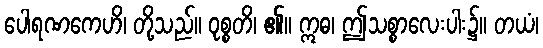
ပေါရဏကေဟိ၊ တို့သည်။ ဝုစ္စတိ၊ ၏။ ဣဓ၊ ဤသစ္စာလေးပါး၌။ တယံ၊